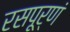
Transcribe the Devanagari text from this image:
रसपूर्णं